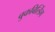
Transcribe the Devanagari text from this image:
बुकबिल्डिंग